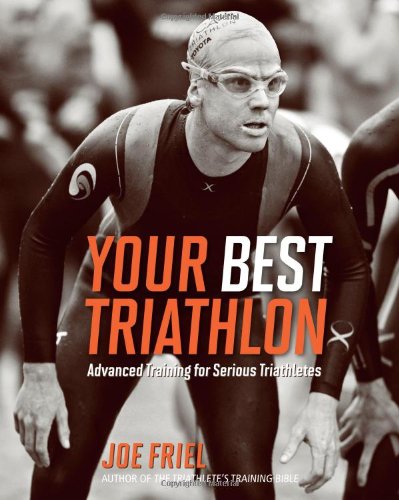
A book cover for Your Best Triathlon; Joe Friel; Health, Fitness & Dieting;